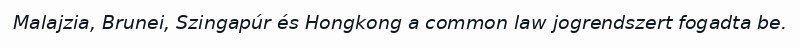
Malajzia, Brunei, Szingapúr és Hongkong a common law jogrendszert fogadta be.